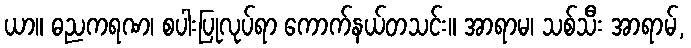
ယာ။ ဓညကရဏ၊ စပါးပြုလုပ်ရာ ကောက်နယ်တသင်း။ အာရာမ၊ သစ်သီး အာရာမ်,